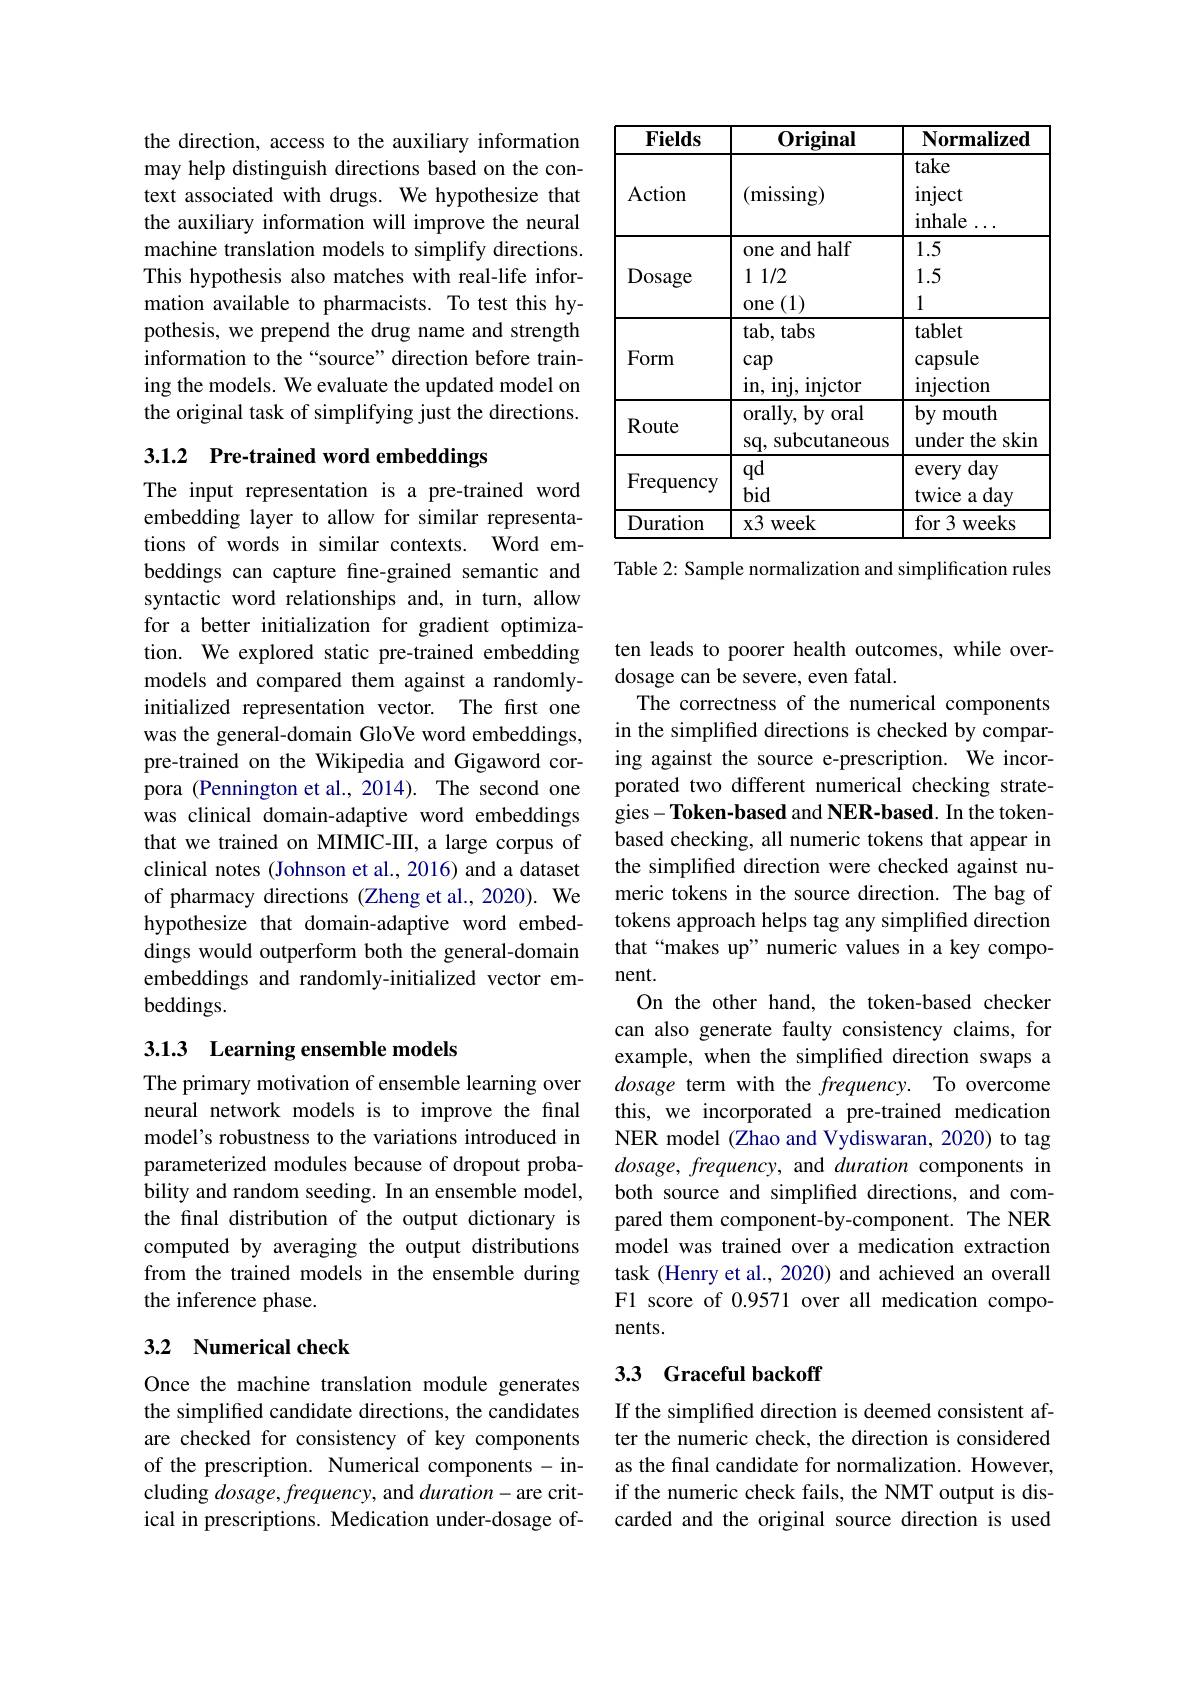
the direction, access to the auxiliary information may help distinguish directions based on the context associated with drugs. We hypothesize that the auxiliary information will improve the neural machine translation models to simplify directions. This hypothesis also matches with real-life information available to pharmacists. To test this hypothesis, we prepend the drug name and strength information to the“source”direction before training the models. We evaluate the updated model on the original task of simplifying just the directions.

## 3.1.2 Pre-trained word embeddings

The input representation is a pre-trained word embedding layer to allow for similar representations of words in similar contexts. Word embeddings can capture fine-grained semantic and syntactic word relationships and, in turn, allow for a better initialization for gradient optimization. We explored static pre-trained embedding models and compared them against a randomlyinitialized representation vector. The first one was the general-domain GloVe word embeddings, pre-trained on the Wikipedia and Gigaword corpora (Pennington et al., 2014). The second one was clinical domain-adaptive word embeddings that we trained on MIMIC-III, a large corpus of clinical notes (Johnson et al., 2016) and a dataset of pharmacy directions (Zheng et al., 2020). We hypothesize that domain-adaptive word embeddings would outperform both the general-domain embeddings and randomly-initialized vector embeddings.

## 3.1.3 Learning ensemble models

The primary motivation of ensemble learning over neural network models is to improve the final model's robustness to the variations introduced in parameterized modules because of dropout probability and random seeding. In an ensemble model, the final distribution of the output dictionary is computed by averaging the output distributions from the trained models in the ensemble during the inference phase.

### 3.2 Numerical check

Once the machine translation module generates the simplified candidate directions, the candidates are checked for consistency of key components of the prescription. Numerical components-including $dosage,frequency$, and $duration-$are critical in prescriptions. Medication under-dosage of-

<table>
	<tbody>
		<tr>
			<th>Fields</th>
			<th>$\mathbf{Original}$</th>
			<th>Normalized</th>
		</tr>
		<tr>
			<td>Action</td>
			<td>$({\mathrm{missing}})$</td>
			<td>take inject inhale</td>
		</tr>
		<tr>
			<td>Dosage</td>
			<td>one and half 11/2 (1) $0ne($</td>
			<td>1.5 1.5 1</td>
		</tr>
		<tr>
			<td>Form</td>
			<td>tab, tabs $\operatorname{cap}$ in, inj, $\operatorname{injctor}$</td>
			<td>tablet capsule $\operatorname{injection}$</td>
		</tr>
		<tr>
			<td>Route</td>
			<td>orally, by oral sq, subcutaneous</td>
			<td>$by$ mouth under the skin</td>
		</tr>
		<tr>
			<td>Frequency</td>
			<td>qd bid</td>
			<td>every day twice a day</td>
		</tr>
		<tr>
			<td>Duration</td>
			<td>$x3$ week</td>
			<td>$for3$ Weeks</td>
		</tr>
	</tbody>
</table>

Table 2: Sample normalization and simplification rules

ten leads to poorer health outcomes, while over-
dosage can be severe, even fatal.
The correctness of the numerical components in the simplified directions is checked by comparing against the source e-prescription. We incorporated two different numerical checking strategies$- \textbf{Token- based and NER- based. In the token- }$ based checking, all numeric tokens that appear in the simplified direction were checked against numeric tokens in the source direction. The bag of tokens approach helps tag any simplified direction that“makes up”numeric values in a key component.
On the other hand, the token-based checker can also generate faulty consistency claims, for example, when the simplified direction swaps a dosage term with the frequency. To overcome this, we incorporated a pre-trained medication NER model (Zhao and Vydiswaran, 2020) to tag dosage, frequency, and duration components in both source and simplified directions, and compared them component-by-component. The NER model was trained over a medication extraction task (Henry et al., 2020) and achieved an overall F1 score of 0.9571 over all medication components.

## 3.3 Graceful backoff

If the simplified direction is deemed consistent after the numeric check, the direction is considered as the final candidate for normalization. However, if the numeric check fails, the NMT output is discarded and the original source direction is used